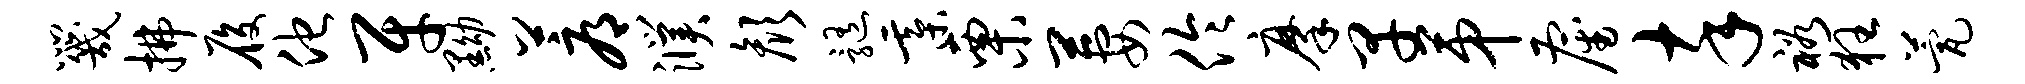
咒拂履他牙黝蓐濮颜髓綦栗萋伶摩早第雇卒裕狂甍